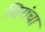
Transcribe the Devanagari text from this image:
शिरांचा